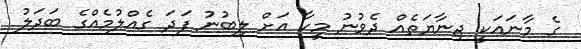
ގެ މާނައަކީ ޖިނާޔަތެއް ދެވުނު މީހާ އަށް ލިބުނު ފަދަ ގެއްލުމެއްގެ ބަދަލު